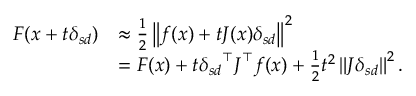
{ \begin{array} { r l } { F ( { \boldsymbol { x } } + t { \boldsymbol { \delta _ { s d } } } ) } & { \approx { \frac { 1 } { 2 } } \left\| { \boldsymbol { f } } ( { \boldsymbol { x } } ) + t { \boldsymbol { J } } ( { \boldsymbol { x } } ) { \boldsymbol { \delta _ { s d } } } \right\| ^ { 2 } } \\ & { = F ( { \boldsymbol { x } } ) + t { \boldsymbol { \delta _ { s d } } } ^ { \top } { \boldsymbol { J } } ^ { \top } { \boldsymbol { f } } ( { \boldsymbol { x } } ) + { \frac { 1 } { 2 } } t ^ { 2 } \left\| { \boldsymbol { J } } { \boldsymbol { \delta _ { s d } } } \right\| ^ { 2 } . } \end{array} }